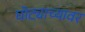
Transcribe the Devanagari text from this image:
घोट्याच्यावर